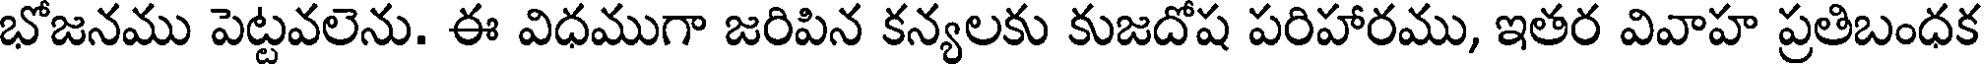
భోజనము పెట్టవలెను. ఈ విధముగా జరిపిన కన్యలకు కుజదోష పరిహారము, ఇతర వివాహ ప్రతిబంధక